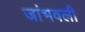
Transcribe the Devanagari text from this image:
जांभवली